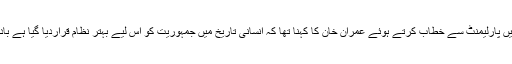
تفصیلات کے مطابق آج بروز بدھ اسلام آباد میں پارلیمنٹ سے خطاب کرتے ہوئے عمران خان کا کہنا تھا کہ انسانی تاریخ میں جمہوریت کو اس لیے بہتر نظام قراردیا گیا ہے بادشاہتوںمیں قومیں تنزلی کی شکار ہوجاتی ہیں۔